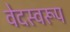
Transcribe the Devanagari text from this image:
वेदस्वरूप